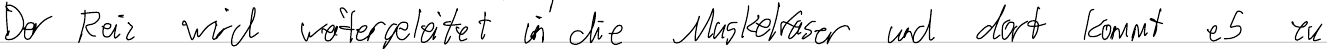
Der Reiz wird weitergeleitet in die Muskelfaser und dort kommt es zu